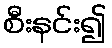
စီးနင်း၍